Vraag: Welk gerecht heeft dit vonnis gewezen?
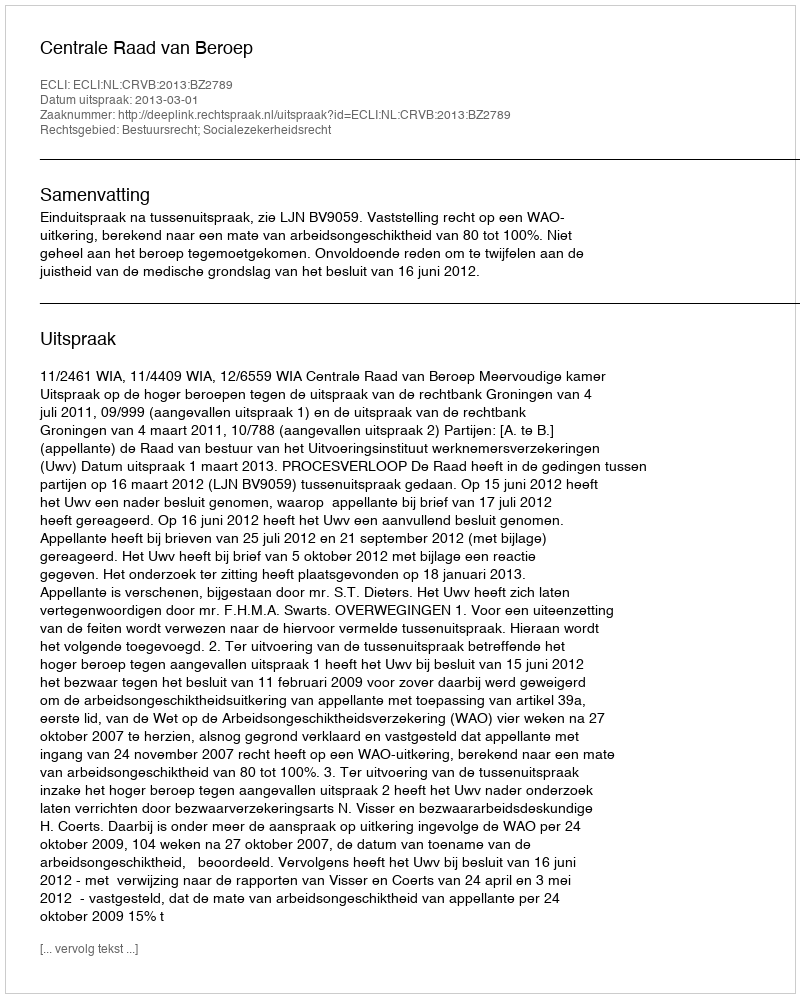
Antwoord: Centrale Raad van Beroep